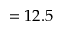
= 1 2 . 5